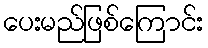
ပေးမည်ဖြစ်ကြောင်း